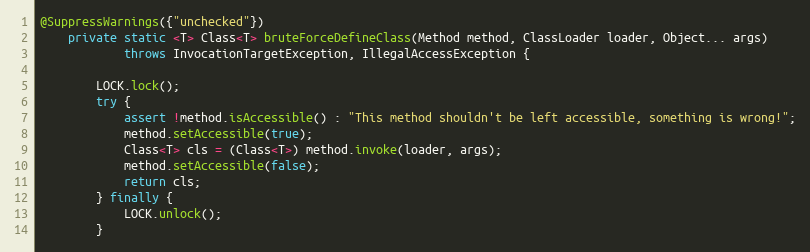
Language: Java
@SuppressWarnings({"unchecked"})
    private static <T> Class<T> bruteForceDefineClass(Method method, ClassLoader loader, Object... args)
            throws InvocationTargetException, IllegalAccessException {

        LOCK.lock();
        try {
            assert !method.isAccessible() : "This method shouldn't be left accessible, something is wrong!";
            method.setAccessible(true);
            Class<T> cls = (Class<T>) method.invoke(loader, args);
            method.setAccessible(false);
            return cls;
        } finally {
            LOCK.unlock();
        }